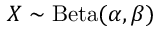
X \sim \operatorname { B e t a } ( \alpha , \beta )